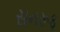
સનરૂફ